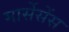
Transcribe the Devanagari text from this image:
मार्सेसेंस